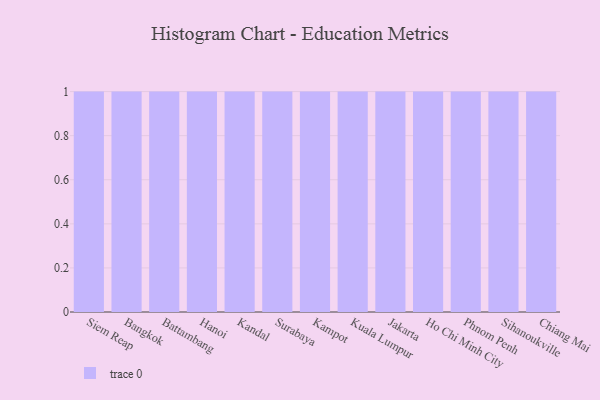
{"axis": {"x": "City", "y": "Production Output"}, "legend": [""], "data": [{"x": "Siem Reap", "y": 40, "type": ""}, {"x": "Bangkok", "y": 13, "type": ""}, {"x": "Battambang", "y": 13, "type": ""}, {"x": "Hanoi", "y": 40, "type": ""}, {"x": "Kandal", "y": 59, "type": ""}, {"x": "Surabaya", "y": 17, "type": ""}, {"x": "Kampot", "y": 64, "type": ""}, {"x": "Kuala Lumpur", "y": 13, "type": ""}, {"x": "Jakarta", "y": 36, "type": ""}, {"x": "Ho Chi Minh City", "y": 44, "type": ""}, {"x": "Phnom Penh", "y": 73, "type": ""}, {"x": "Sihanoukville", "y": 73, "type": ""}, {"x": "Chiang Mai", "y": 74, "type": ""}]}